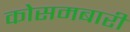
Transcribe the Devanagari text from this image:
कोसमबारी